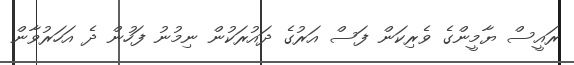
ރައީސް ޔާމީންގެ ވެރިކަން ފަސް އަރުގެ ދައުރަކުން ނިމުނު ފަހުން ދެ އަހަރުވާން